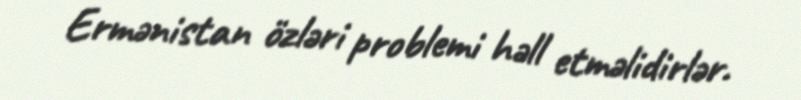
Ermənistan özləri problemi həll etməlidirlər.